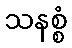
သနစ္စံ